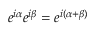
e ^ { i \alpha } e ^ { i \beta } = e ^ { i ( \alpha + \beta ) }